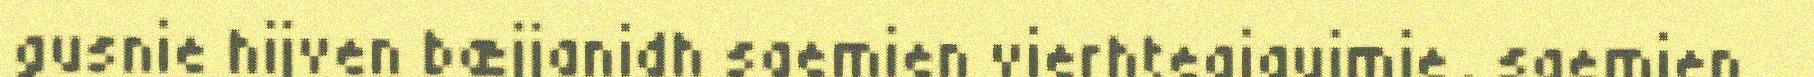
gusnie hijven bæjjanidh saemien vierhtegigujmie, saemien